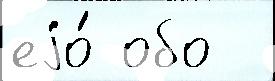
еjо́ обо